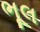
ભૂલ